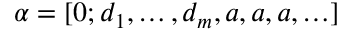
\alpha = [ 0 ; d _ { 1 } , \ldots , d _ { m } , a , a , a , \ldots ]